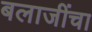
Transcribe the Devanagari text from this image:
बलाजींचा